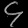
Digit: ၄